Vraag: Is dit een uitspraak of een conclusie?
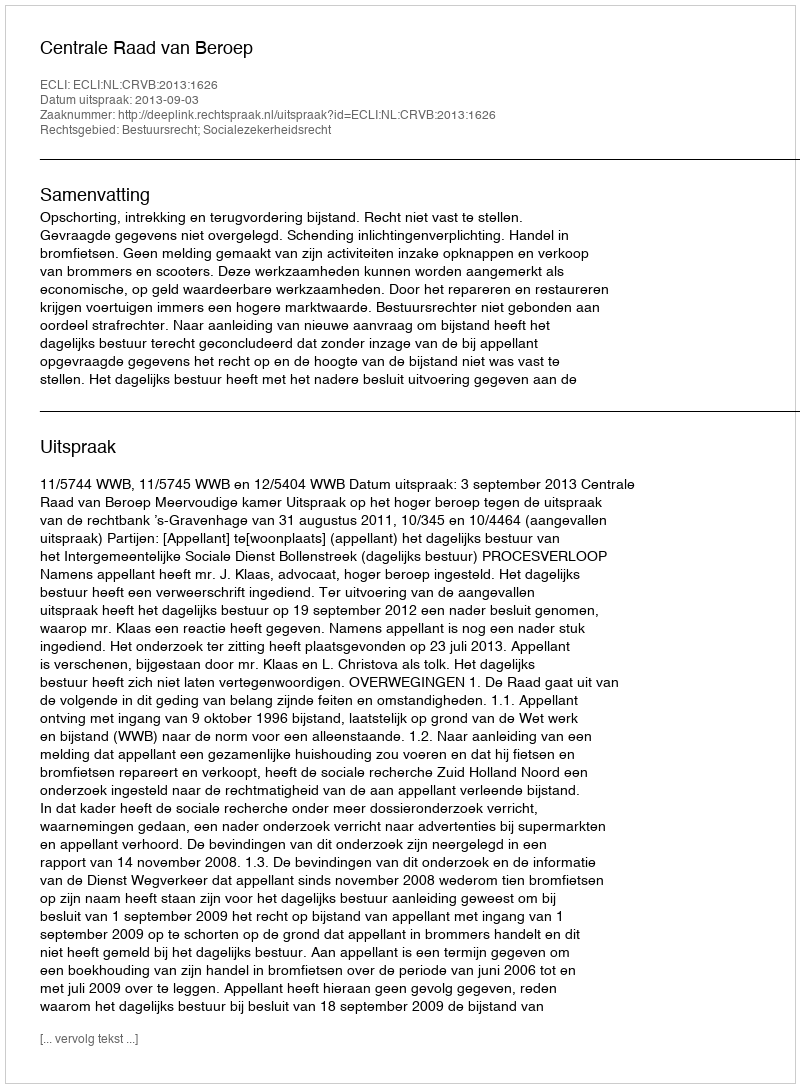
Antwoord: Uitspraak